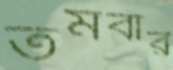
তমবার